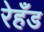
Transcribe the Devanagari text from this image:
रेहँड